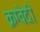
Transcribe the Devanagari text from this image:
क्रग्वेदी